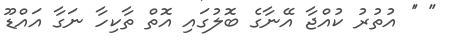
'' '' އުތުރު ކުއްޖާ އޭނާގެ ބޮލުގައި އޮތް ތާކިހާ ނަގާ އައްޑޫ